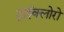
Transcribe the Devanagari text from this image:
ट्राईक्लोरो